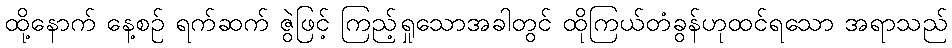
ထို့နောက် နေ့စဉ် ရက်ဆက် ဇွဲဖြင့် ကြည့်ရှုသောအခါတွင် ထိုကြယ်တံခွန်ဟုထင်ရသော အရာသည်